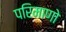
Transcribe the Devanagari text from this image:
परिमाणो